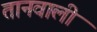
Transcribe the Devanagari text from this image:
तानवाली